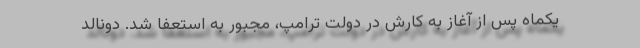
یکماه پس از آغاز به کارش در دولت ترامپ، مجبور به استعفا شد. دونالد